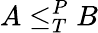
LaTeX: A\leq_{T}^{P}B